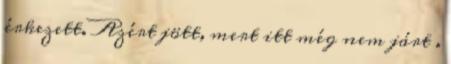
érkezett. Azért jött, mert itt még nem járt .